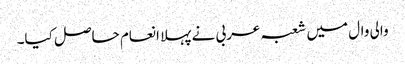
والی وال میں شعبہ عربی نے پہلا انعام حاصل کیا۔